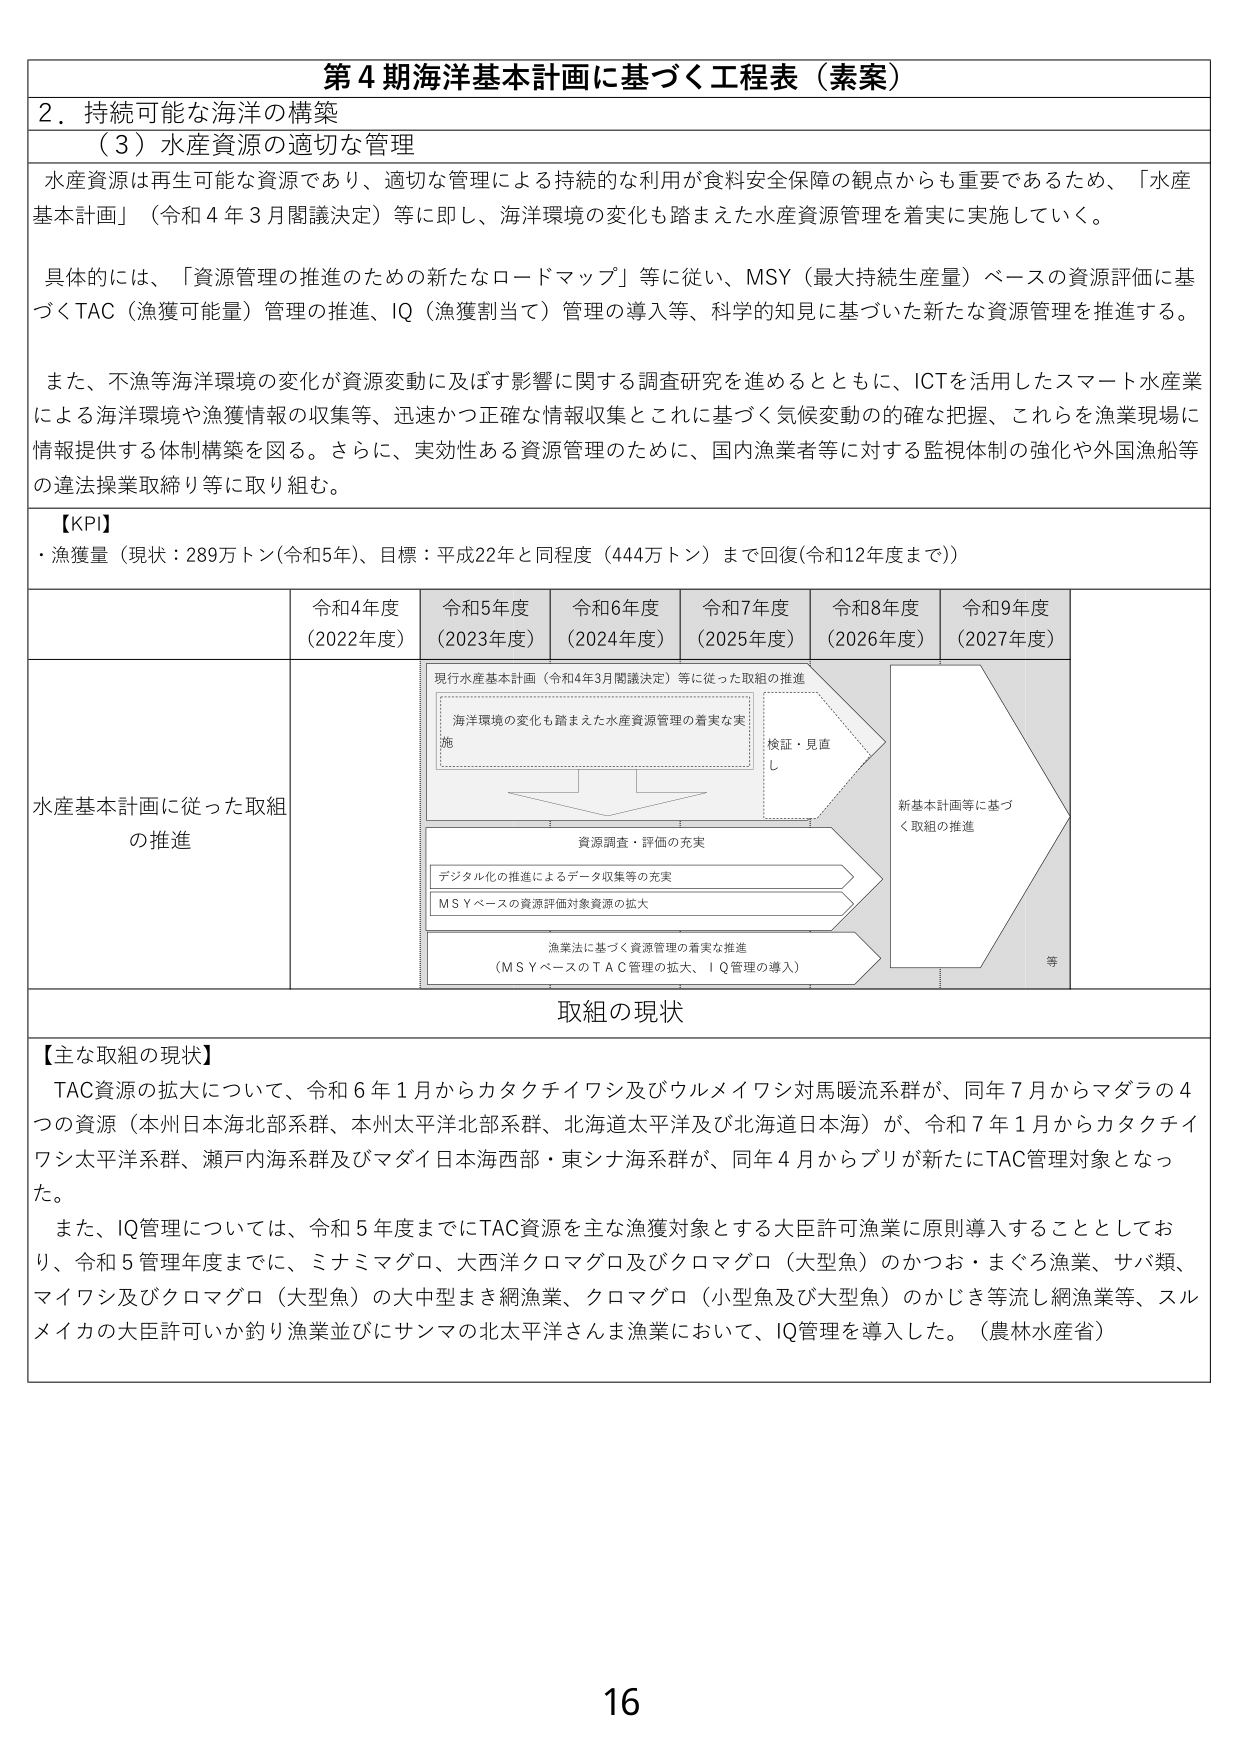
第４期海洋基本計画に基づく工程表（素案）

２．持続可能な海洋の構築
（３）水産資源の適切な管理

水産資源は再生可能な資源であり、適切な管理による持続的な利用が食料安全保障の観点からも重要であるため、「水産基本計画」（令和４年３月閣議決定）等に即し、海洋環境の変化も踏まえた水産資源管理を着実に実施していく。

具体的には、「資源管理の推進のための新たなロードマップ」等に従い、MSY（最大持続生産量）ベースの資源評価に基づくTAC（漁獲可能量）管理の推進、IQ（漁獲割当て）管理の導入等、科学的知見に基づいた新たな資源管理を推進する。

また、不漁等海洋環境の変化が資源変動に及ぼす影響に関する調査研究を進めるとともに、ICTを活用したスマート水産業による海洋環境や漁獲情報の収集等、迅速かつ正確な情報収集とこれに基づく気候変動的的確な把握、これらを漁業現場に情報提供する体制構築を図る。さらに、実効性ある資源管理のために、国内漁業者等に対する監視体制の強化や外国漁船等の違法操業取締り等に取り組む。

【KPI】
・漁獲量（現状：289万トン(令和5年)、目標：平成22年と同程度（444万トン）まで回復(令和12年度まで)）

令和4年度
（2022年度）
令和5年度
（2023年度）
令和6年度
（2024年度）
令和7年度
（2025年度）
令和8年度
（2026年度）
令和9年度
（2027年度）

水産基本計画に従った取組の推進

現行水産基本計画（令和4年3月閣議決定）等に従った取組の推進
海洋環境の変化も踏まえた水産資源管理の着実な実施
検証・見直し
新基本計画等に基づく取組の推進
等

資源調査・評価の充実
デジタル化の推進によるデータ収集等の充実
MSYベースの資源評価対象資源の拡大
漁業法に基づく資源管理の着実な推進
（MSYベースのTAC管理の拡大、IQ管理の導入）

取組の現状

【主な取組の現状】
TAC資源の拡大について、令和６年１月からカタクチイワシ及びウルメイワシ対馬暖流系群が、同年７月からマダラの４つの資源（本州日本海北部系群、本州太平洋北部系群、北海道太平洋及び北海道日本海）が、令和７年１月からカタクチイワシ太平洋系群、瀬戸内海系群及びマダイ日本海西部・東シナ海系群が、同年４月からブリが新たにTAC管理対象となった。

また、IQ管理については、令和５年度までにTAC資源を主な漁獲対象とする大臣許可漁業に原則導入することとしており、令和５管理年度までに、ミナミマグロ、大西洋クロマグロ及びクロマグロ（大型魚）のかつお・まぐろ漁業、サバ類、マイワシ及びクロマグロ（大型魚）の大中型まき網漁業、クロマグロ（小型魚及び大型魚）のかじき等流し網漁業等、スルメイカの大臣許可いか釣り漁業並びにサンマの北太平洋さんま漁業において、IQ管理を導入した。（農林水産省）

16